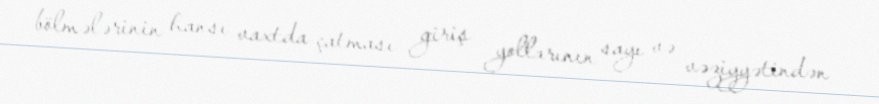
bölmələrinin hansı vaxtda çatması giriş yollarının sayı və vəziyyətindən